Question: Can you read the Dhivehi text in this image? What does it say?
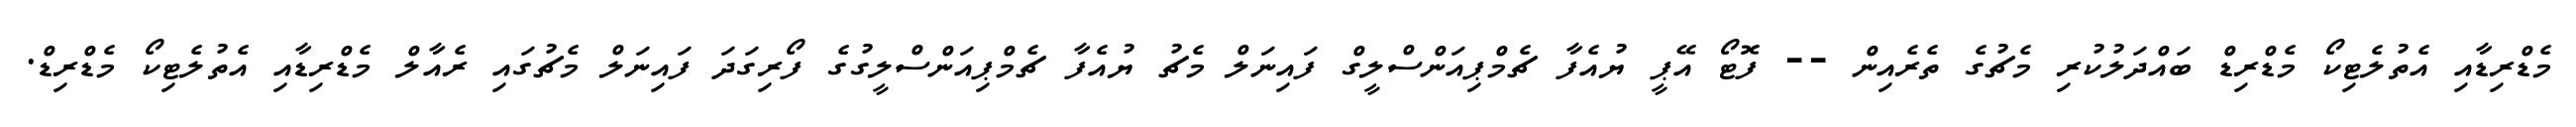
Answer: މެޑްރިޑާއި އެތުލެޓިކޯ މެޑްރިޑް ބައްދަލުކުރި މެޗުގެ ތެރެއިން -- ފޮޓޯ އޭޕީ ޔުއެފާ ޗެމްޕިއަންސްލީގް ފައިނަލް މެޗު ޔުއެފާ ޗެމްޕިއަންސްލީގުގެ ފޯރިގަދަ ފައިނަލް މެޗުގައި ރެއާލް މެޑްރިޑާއި އެތުލެޓިކޯ މެޑްރިޑް.